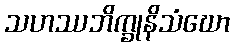
သဟဿဘိက္ခုနိသံဃော